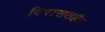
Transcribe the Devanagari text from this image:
विरासतहै।